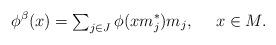
LaTeX: \begin{align*}\phi^\beta(x)={\textstyle\sum_{j\in J}}\,\phi(xm_j^*)m_j,\ \ \ \ x\in M.\end{align*}